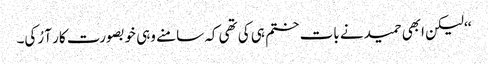
‘‘ لیکن ابھی حمید نے بات ختم ہی کی تھی کہ سامنے وہی خوبصورت کار آ رُکی۔